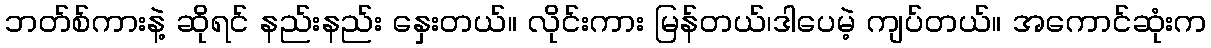
ဘတ်စ်ကားနဲ့ ဆိုရင် နည်းနည်း နှေးတယ်။ လိုင်းကား မြန်တယ်၊ဒါပေမဲ့ ကျပ်တယ်။ အကောင်ဆုံးက